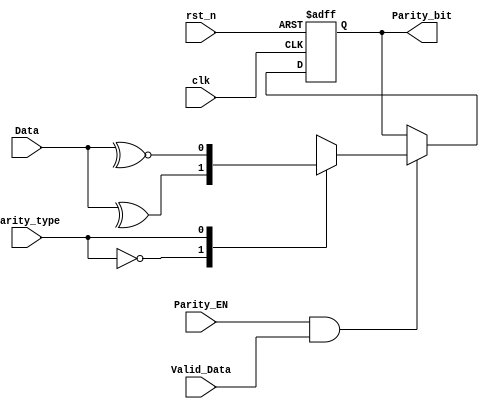
module Parity_Calc(
    input       clk,
    input       rst_n,
	input       Parity_EN,
	input [7:0] Data,
	input       Valid_Data,
	input       Parity_type, 
	output reg  Parity_bit
);

localparam even_parity = 0,
           odd_parity  = 1;

	always@(posedge clk, negedge rst_n)
	begin
	    if (~rst_n) Parity_bit <= 'b0; 
	    else if (Parity_EN && Valid_Data) begin
	      case (Parity_type)
	        even_parity: Parity_bit <= ^Data;
	        odd_parity : Parity_bit <= ~^Data;
	        default: Parity_bit <= 'b0;
	    endcase
	    end 
	end
	
endmodule